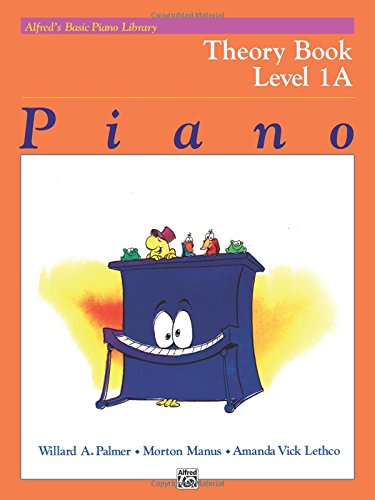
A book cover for Alfred's Basic Piano Library: Theory Book Level 1A; Willard Palmer; Humor & Entertainment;